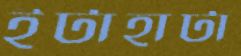
ইটাহাটা